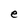
Character: e